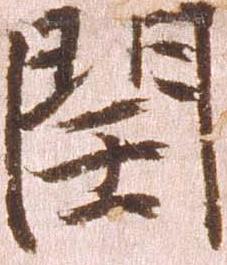
閏